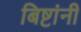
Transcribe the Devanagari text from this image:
बिष्टांनी